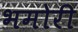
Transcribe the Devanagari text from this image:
भमोरी